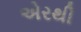
એરથી